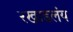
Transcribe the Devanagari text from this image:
रखाडलंय